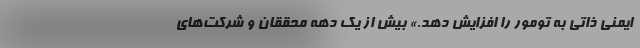
ایمنی ذاتی به تومور را افزایش دهد.» بیش از یک دهه محققان و شرکت‌های